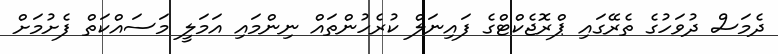
ދެމަސް ދުވަހުގެ ތެރޭގައި ޕްރޮޖެކްޓްގެ ފައިނަލް ކުރެހުންތައް ނިންމައި އަމަލީ މަސައްކަތް ފެށުމަށް